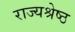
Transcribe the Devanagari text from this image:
राज्यश्रेष्ठ